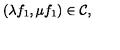
( \lambda f _ { 1 } , \mu f _ { 1 } ) \in { \cal C } ,